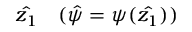
\hat { z _ { 1 } } \quad ( \hat { \psi } = \psi ( \hat { z _ { 1 } } ) )